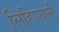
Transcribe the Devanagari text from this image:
लिहिण्यानी